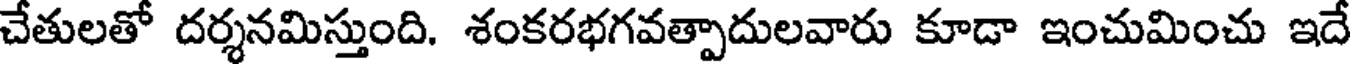
చేతులతో దర్శనమిస్తుంది. శంకరభగవత్పాదులవారు కూడా ఇంచుమించు ఇదే